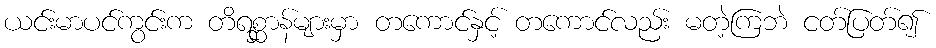
ယင်းမာပင်ကွင်းက တိရစ္ဆာန်များမှာ တကောင်နှင့် တကောင်လည်း မတဲ့ကြဘဲ ငတ်ပြတ်၍